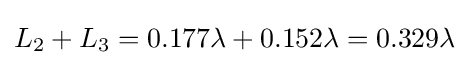
L_{2}+L_{3}=0.177\lambda +0.152\lambda =0.329\lambda